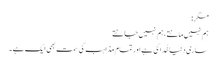
مگر:
ہم نہیں مانتے ، ہم نہیں جانتے
ساری دنیا خُدا کی ہے اور تمام مذاہب کی سمت بھی ایک ہے ۔